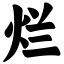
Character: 烂